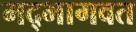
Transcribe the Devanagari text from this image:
मद्भागवत